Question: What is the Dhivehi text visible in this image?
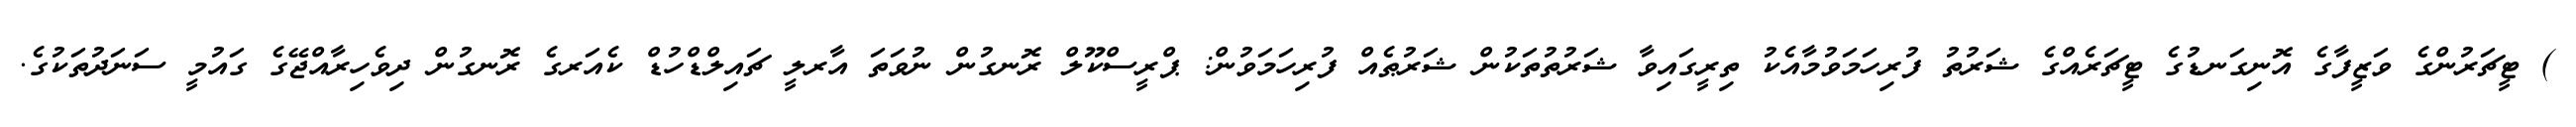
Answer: ) ޓީޗަރުންގެ ވަޒީފާގެ އޮނިގަނޑުގެ ޓީޗަރެއްގެ ޝަރުތު ފުރިހަމަވުމާއެކު ތިރީގައިވާ ޝަރުތުތަކުން ޝަރުޠެއް ފުރިހަމަވުން: ޕްރީސްކޫލް ރޮނގުން ނުވަތަ އާރލީ ޗައިލްޑްހުޑް ކެއަރގެ ރޮނގުން ދިވެހިރާއްޖޭގެ ގައުމީ ސަނަދުތަކުގެ.